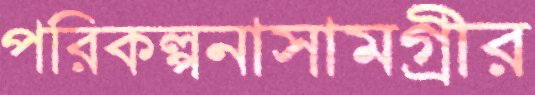
পরিকল্পনাসামগ্রীর